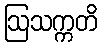
ဩသက္ကတိ